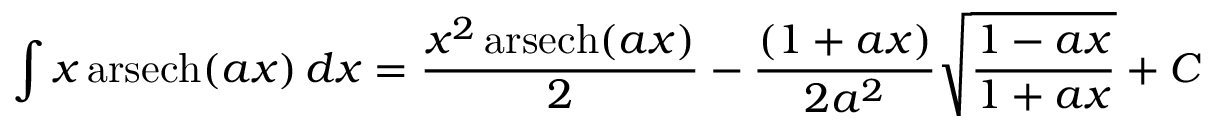
\int x \operatorname { a r s e c h } ( a x ) \, d x = { \frac { x ^ { 2 } \operatorname { a r s e c h } ( a x ) } { 2 } } - { \frac { ( 1 + a x ) } { 2 a ^ { 2 } } } { \sqrt { \frac { 1 - a x } { 1 + a x } } } + C